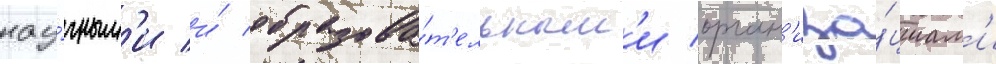
нау́чным'и и́ образова́т'ельным'и орган'иза́циам'и